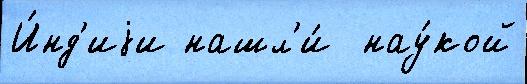
И́нд'иjи нашл'и́  нау́кой